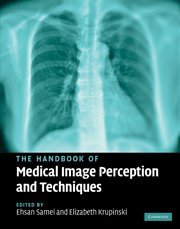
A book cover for The Handbook of Medical Image Perception and Techniques; Science & Math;